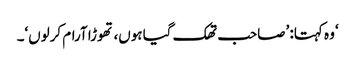
‘ وہ کہتا: ’صاحب تھک گیا ہوں، تھوڑا آرام کرلوں‘۔